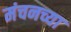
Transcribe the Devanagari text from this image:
मंचनच्या